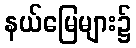
နယ်မြေများ၌